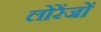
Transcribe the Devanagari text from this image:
लोरेंजों